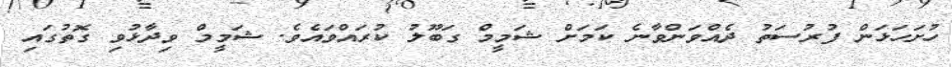
ހުށަހަޅަން ފުރުސަތު ދެއްވަންވާނެ ކަމަށް ޝަމީމް ގަބޫލު ކުރައްވައެވެ. ޝަމީމް ވިދާޅުވި ގޮތުގައި